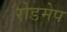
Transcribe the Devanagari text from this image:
रोडमेप